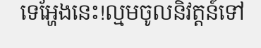
ទេឣ្ហែងនេះ!ល្មមចូលនិវត្តន៍ទៅ